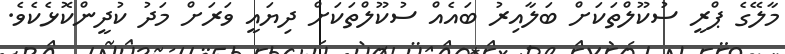
މާލޭގެ ޕްރީ ސުކޫލްތަކަށް ބަލާއިރު ބައެއް ސުކޫލްތަކަށް ދިޔައީ ވަރަށް މަދު ކުދީންކޮޅެކެވެ.